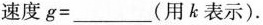
速度g=___(用k表示)。